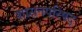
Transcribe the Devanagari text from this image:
शासनपरिषद्